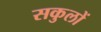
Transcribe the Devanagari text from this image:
सकुलों